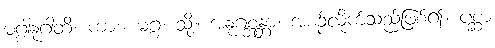
မဂ္ဂါနုဂါတိ၊ ကား။ မဂ္ဂံ၊ သို့။ အနုဂစ္ဆန္တာ၊ အစဉ်လိုက်သည်ဖြစ်၍။ ပစ္ဆာ